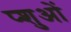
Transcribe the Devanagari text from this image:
प्शुओं